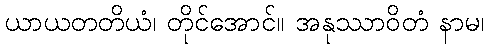
ယာယတတိယံ၊ တိုင်အောင်။ အနုဿာဝိတံ နာမ၊